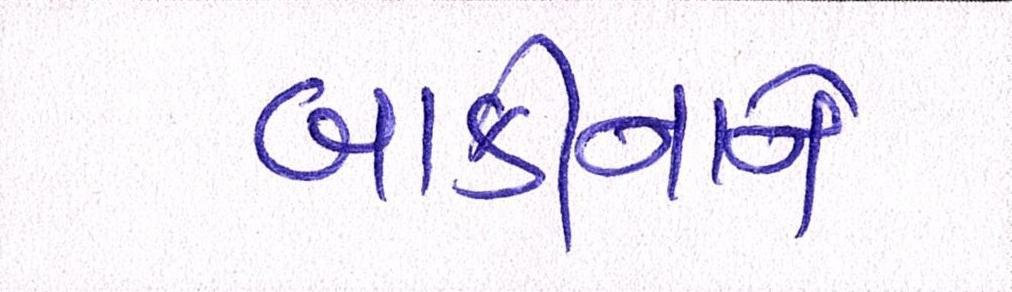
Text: બાકીનાને